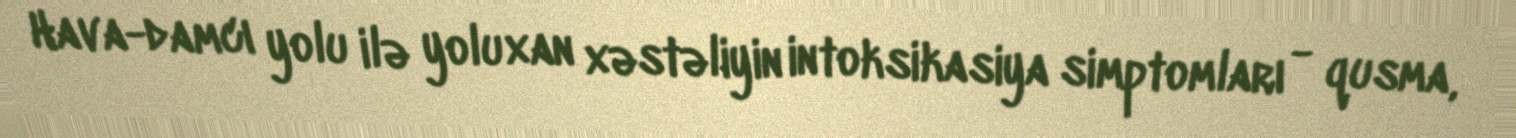
Hava-damcı yolu ilə yoluxan xəstəliyin intoksikasiya simptomları - qusma,